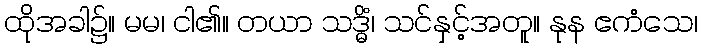
ထိုအခါ၌။ မမ၊ ငါ၏။ တယာ သဒ္ဓိံ၊ သင်နှင့်အတူ။ နုန ဧကံသေ၊